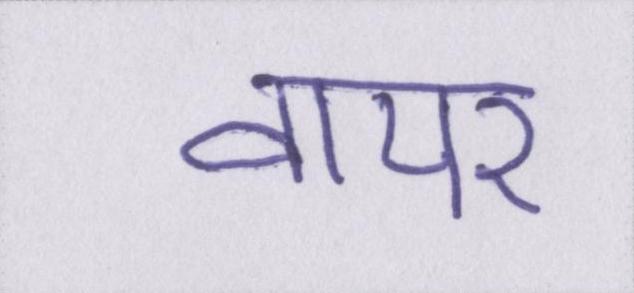
वायर